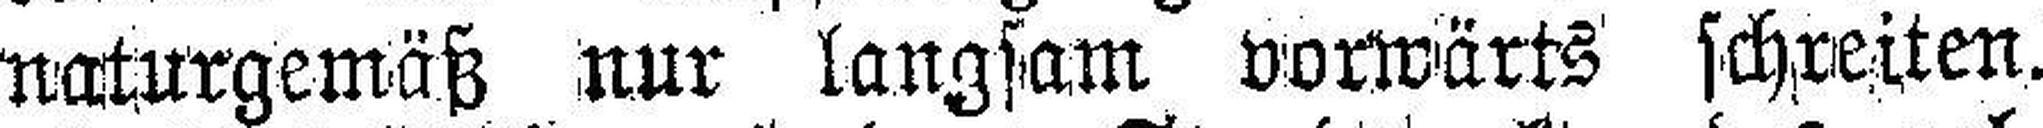
naturgemäß nur langsam vorwärts schreiten.